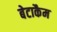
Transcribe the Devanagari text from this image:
बेटाकैम